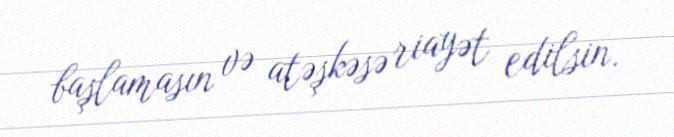
başlamasın və atəşkəsə riayət edilsin.